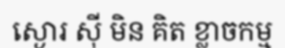
ស្ងោរ ស៊ី មិន គិត ខ្លាចកម្ម